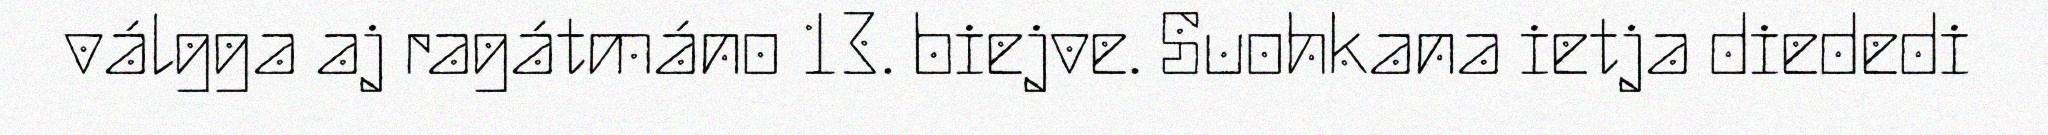
válgga aj ragátmáno 13. biejve. Suohkana ietja diededi